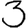
Digit: 3